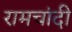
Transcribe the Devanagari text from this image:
रामचांदी